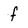
Character: f